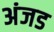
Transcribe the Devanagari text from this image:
अंजड